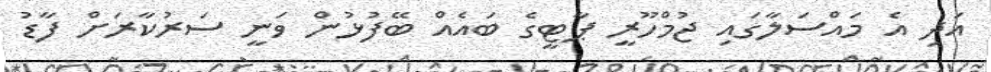
އަދި އެ މައްސަލާގައި ޖުމްހޫރީ ޕާޓީގެ ބައެއް ބޭފުޅުން ވަނީ ސަރުކާރަށް ފާޑު